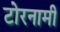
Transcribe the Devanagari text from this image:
टोरनामी